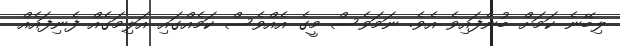
ލިބޭނެ ކަމަށް ބުނެފައިވެ އެވެ. ނަމަވެސް މީގެ އެއްވެސް ކަމެއްގައި އަލިމަގެއް ފެނިފައެއް